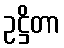
ဥဋ္ဌိတာ